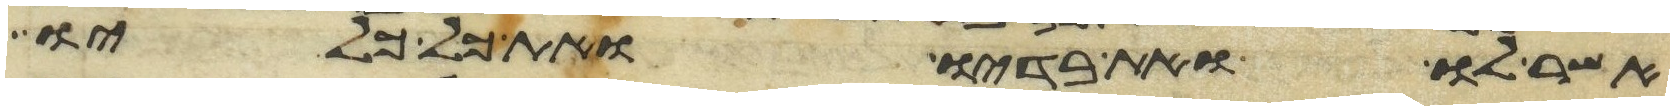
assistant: אשר לו ואת בדיו ואת כל כליו